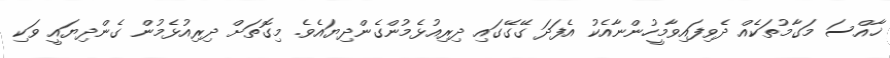
ޚާއްސަ މަގާމުތަކެއް ދެވިފައިވާމީހުންނާއެކު އެފަދަ ގޭގޭގައި ދިރިއުޅެމުންގެންދިޔައެވެ. މިގޮތަށް ދިރިއުޅެމުން ގެންދިޔައީ ވަކި